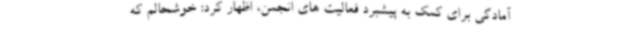
آمادگی برای کمک به پیشبرد فعالیت های انجمن، اظهار کرد: خوشحالم که